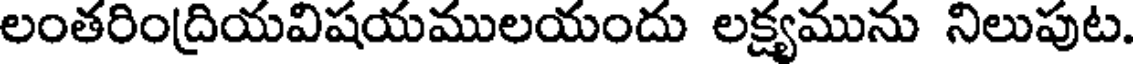
లంతరింద్రియవిషయములయందు లక్ష్యమును నిలుపుట.